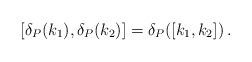
LaTeX: \begin{align*}[\delta_{P}(k_{1}),\delta_{P}(k_{2})]=\delta_{P}([k_{1},k_{2}])\, .\end{align*}